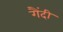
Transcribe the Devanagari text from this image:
गैंदी